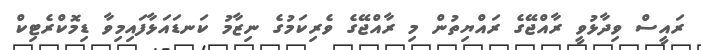
ރައީސް ވިދާޅުވީ ރާއްޖޭގެ ރައްޔިތުން މި ރާއްޖޭގެ ވެރިކަމުގެ ނިޒާމު ކަނޑައަޅާފައިމިވާ ޑިމޮކްރެޓިކް